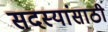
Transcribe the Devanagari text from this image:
सदस्यांसाठी